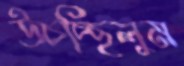
উচচ্ছিলুম